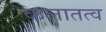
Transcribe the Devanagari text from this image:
कलातत्व